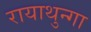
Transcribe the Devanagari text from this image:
रायाथुन्गा